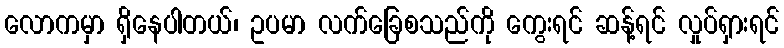
လောကမှာ ရှိနေပါတယ်၊ ဥပမာ လက်ခြေစသည်ကို ကွေးရင် ဆန့်ရင် လှုပ်ရှားရင်